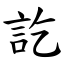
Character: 訖